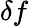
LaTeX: \delta f